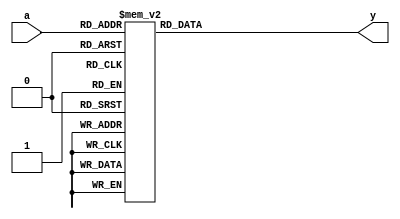
module prime_implicant (
    input wire [2:0] a, // 3-bit input representing the variables (A, B, C)
    output reg y        // Output representing the minimized Boolean function
);

// Define the truth table for the function
// Example function: F(A, B, C) = (1, 2, 5, 6) => A'B'C + A'BC' + AB'C' + ABC
always @(*) begin
    case (a)
        3'b000: y = 0; // 0
        3'b001: y = 1; // 1
        3'b010: y = 1; // 2
        3'b011: y = 0; // 3
        3'b100: y = 1; // 4
        3'b101: y = 1; // 5
        3'b110: y = 1; // 6
        3'b111: y = 0; // 7
        default: y = 0; // Default case
    endcase
end

endmodule